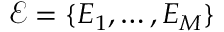
\mathcal { E } = \{ E _ { 1 } , \dots , E _ { M } \}